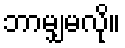
ဘာမျှမလို။